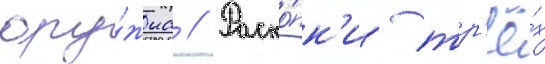
ору́жиа // Раско́пк'и тр'ё́х